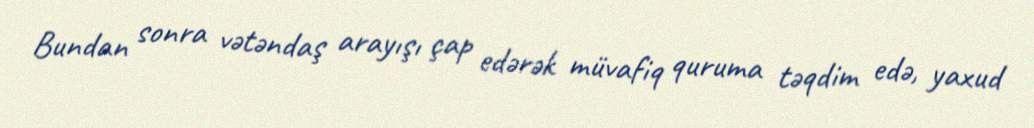
Bundan sonra vətəndaş arayışı çap edərək müvafiq quruma təqdim edə, yaxud